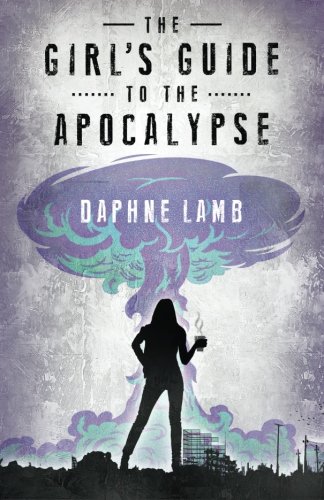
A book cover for The Girl's Guide to the Apocalypse; Daphne Lamb; Literature & Fiction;